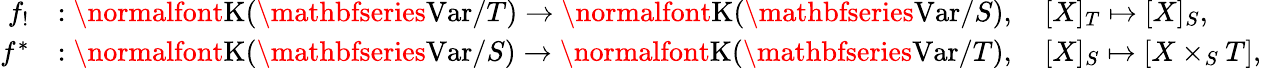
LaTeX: \begin{array}{rl}{f_{!}}&{:\textup{\normalfont K}(\textup{\mathbfseries Var}/T)\to\textup{\normalfont K}(\textup{\mathbfseries Var}/S),\quad[X]_{T}\mapsto[X]_{S},}\\ {f^{*}}&{:\textup{\normalfont K}(\textup{\mathbfseries Var}/S)\to\textup{\normalfont K}(\textup{\mathbfseries Var}/T),\quad[X]_{S}\mapsto[X\times_{S}T],}\end{array}